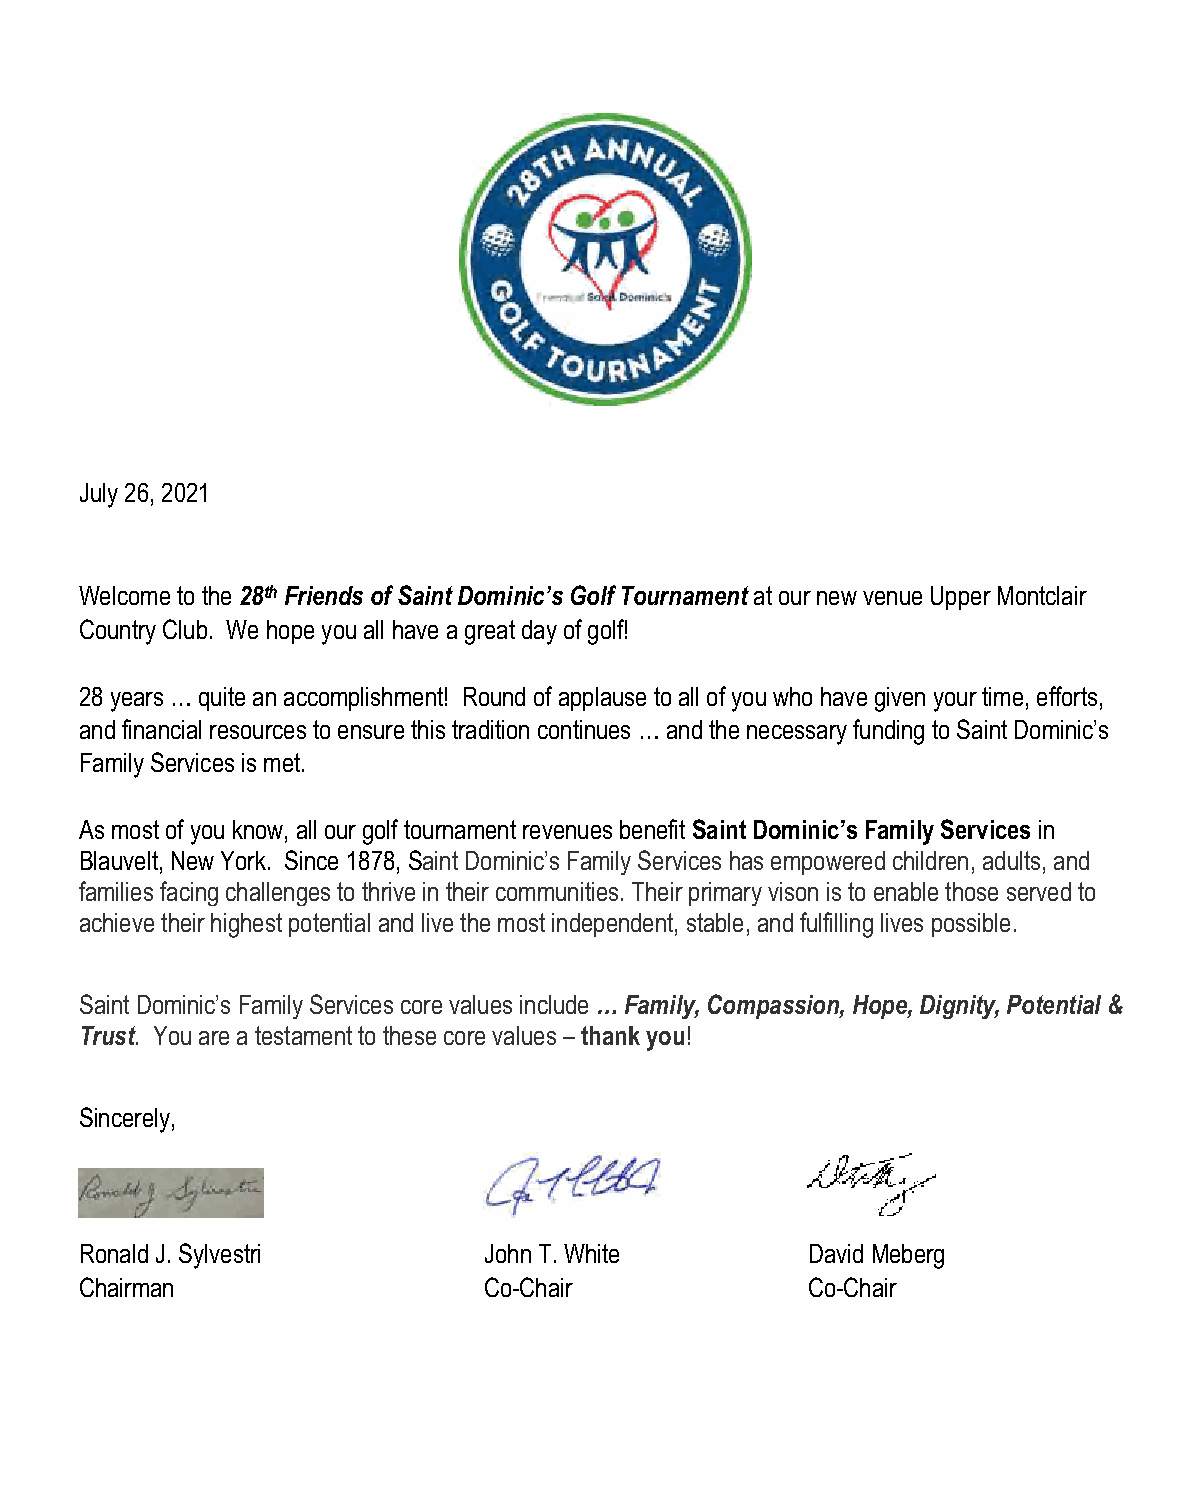
July 26, 2021
 Welcome to the 28th Friends of Saint Dominic’s Golf Tournament at our new venue Upper Montclair
 Country Club. We hope you all have a great day of golf!
 28 years … quite an accomplishment! Round of applause to all of you who have given your time, efforts,
 and financial resources to ensure this tradition continues … and the necessary funding to Saint Dominic’s
 Family Services is met.
 As most of you know, all our golf tournament revenues benefit Saint Dominic’s Family Services in
 Blauvelt, New York. Since 1878, Saint Dominic’s Family Services has empowered children, adults, and
 families facing challenges to thrive in their communities. Their primary vison is to enable those served to
 achieve their highest potential and live the most independent, stable, and fulfilling lives possible.
 Saint Dominic’s Family Services core values include … Family, Compassion, Hope, Dignity, Potential &
 Trust. You are a testament to these core values – thank you!
 Sincerely,
 Ronald J. Sylvestri        John T. White        David Meberg
 Chairman                   Co-Chair             Co-Chair